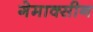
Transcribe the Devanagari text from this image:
गेमाक्सीन